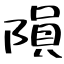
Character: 隕